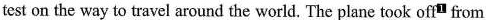
test on the way to travel around the world. The plane took off" from